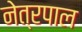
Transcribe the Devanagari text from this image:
नेत्रपाल